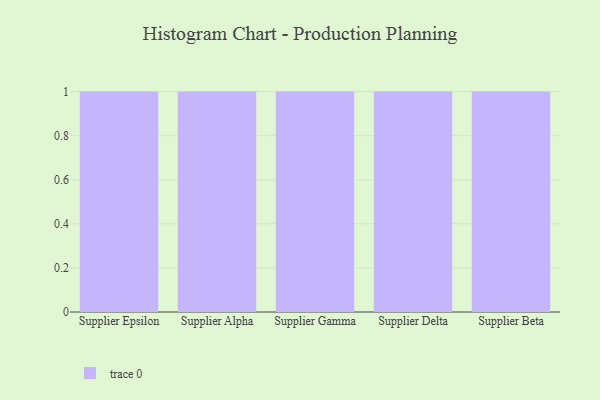
{"axis": {"x": "Supplier", "y": "Churn Rate (%)"}, "legend": [""], "data": [{"x": "Supplier Epsilon", "y": 91, "type": ""}, {"x": "Supplier Alpha", "y": 10, "type": ""}, {"x": "Supplier Gamma", "y": 60, "type": ""}, {"x": "Supplier Delta", "y": 75, "type": ""}, {"x": "Supplier Beta", "y": 76, "type": ""}]}